Report on lock hospitals in British Burma
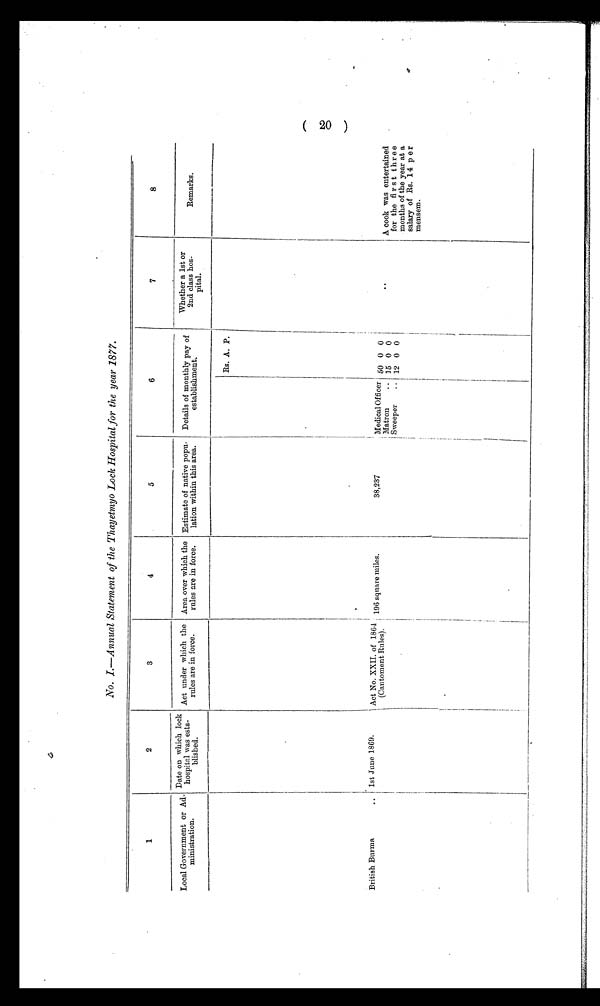
No. I.—Annual Statement of the Thayetmyo Lock Hospital for the year 1877.
1
2
3
4
5
6
7
8
Local Government or Ad
-
ministration.
Date on which lock
hospital was esta-
blished.
Act under which the
rules are in force.
Area over which the
rules are in force.
Estimate of native popu-
lation within this area.
Details of monthly pay of
establishment.
W h e t h e r a 1 s t o r
2nd class hos-
pital.
Remarks.
British Burma
.. 1st June 1869 .
Act No. XXII. of 1864
(Cantoment Rules).
196 square miles.
38,237
Rs. A. P.
Medical Officer 50 0 0
Matron
.. 15 0 0
. .
A cook was entertained
for the first three
months of the year at a
salary of Rs. 14 per
mensem.
Sweeper
.. 12 0 0
(20)